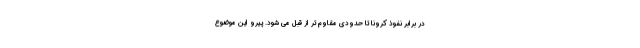
در برابر نفوذ کرونا تا حدودی مقاوم تر از قبل می شود. پیرو این موضوع